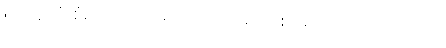
၅။ အလုံးစုံညိုသော အဝတ်၊ ၆။ အလုံးစုံမောင်းသော အဝတ်၊